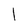
Character: 1